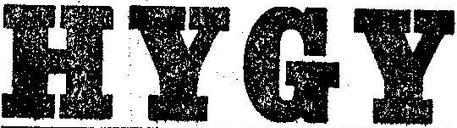
HYGY